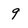
Character: 9